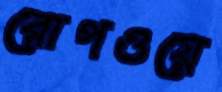
রোপওয়ে